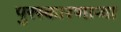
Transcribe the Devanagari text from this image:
पुरस्कारणाऱ्या